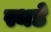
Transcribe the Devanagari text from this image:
स्थडे